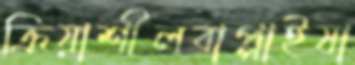
ক্রিয়াশীলবাপ্পাইষা